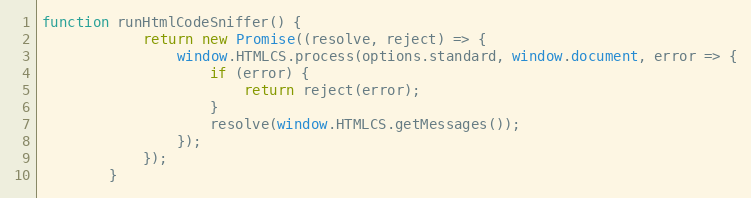
Language: JavaScript
function runHtmlCodeSniffer() {
			return new Promise((resolve, reject) => {
				window.HTMLCS.process(options.standard, window.document, error => {
					if (error) {
						return reject(error);
					}
					resolve(window.HTMLCS.getMessages());
				});
			});
		}